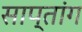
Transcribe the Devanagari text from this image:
साप्तांग